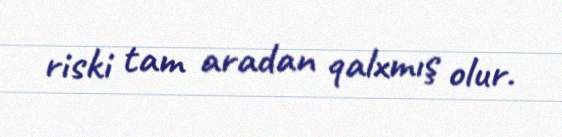
riski tam aradan qalxmış olur.